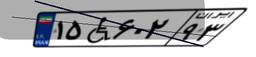
۱۵W۶۰۲۹۳